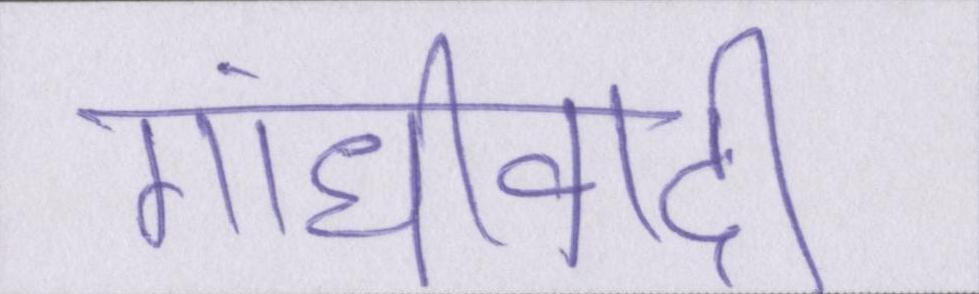
गांधीवादी